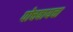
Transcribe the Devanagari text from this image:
पोचवायचा